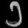
Digit: ၁